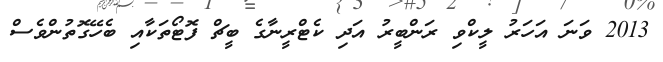
2013 ވަނަ އަހަރު ލީކްވި ރަންބީރު އަދި ކެޓްރީނާގެ ބީޗް ފޮޓޯތަކާއި ބެހޭގޮތުންވެސް